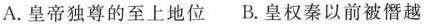
A.皇帝独尊的至上地位 B.皇权秦以前被僭越